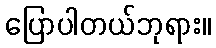
ပြောပါတယ်ဘုရား။